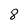
Character: 8